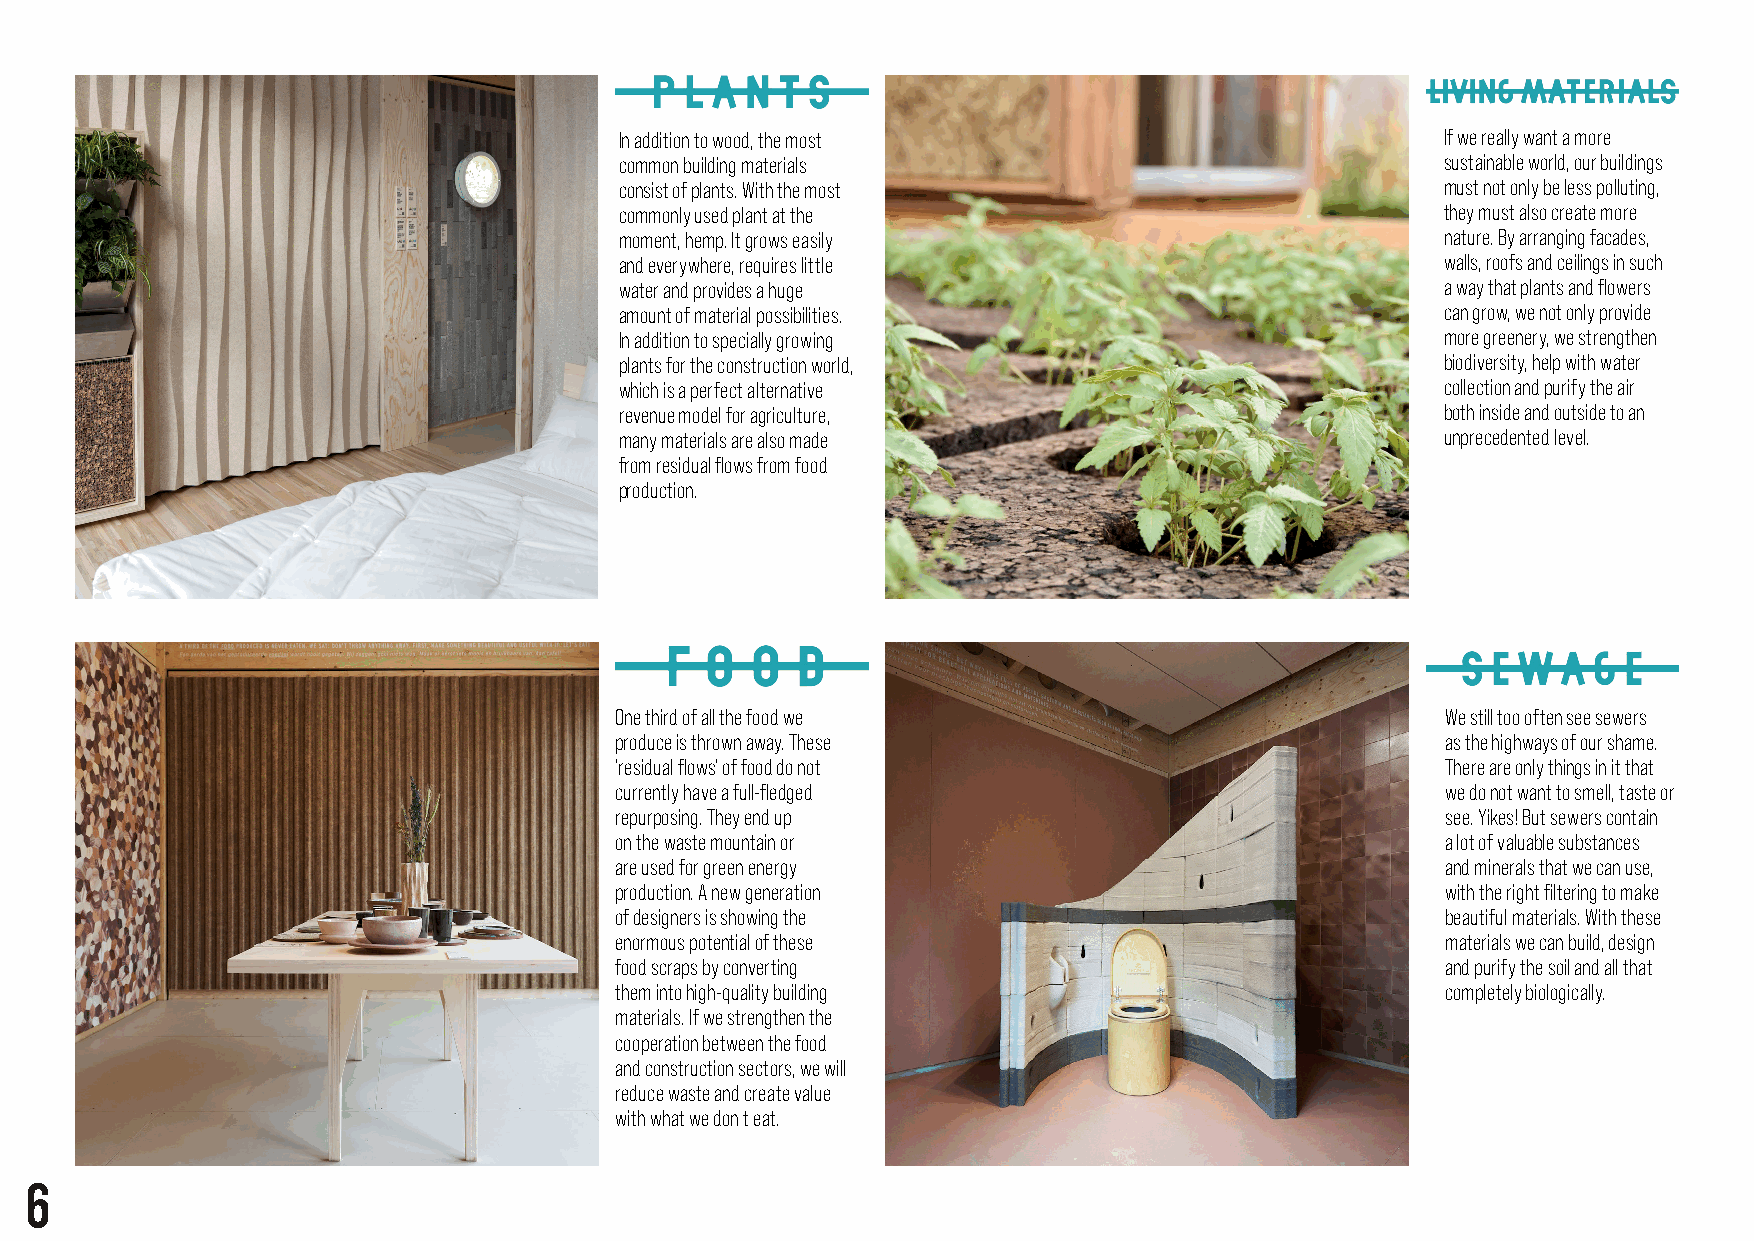
In addition to wood, the most                          If we really want a more
 common building materials                              sustainable world, our buildings
 consist of plants. With the most                       must not only be less polluting,
 commonly used plant at the                             they must also create more
 moment, hemp. It grows easily                          nature. By arranging facades,
 and everywhere, requires little                        walls, roofs and ceilings in such
 water and provides a huge                              a way that plants and flowers
 amount of material possibilities.                      can grow, we not only provide
 In addition to specially growing                       more greenery, we strengthen
 plants for the construction world,                     biodiversity, help with water
 which is a perfect alternative                         collection and purify the air
 revenue model for agriculture,                         both inside and outside to an
 many materials are also made                           unprecedented level.
 from residual flows from food
 production.
 One third of all the food we                           We still too often see sewers
 produce is thrown away. These                          as the highways of our shame.
 ‘residual flows’ of food do not                        There are only things in it that
 currently have a full-fledged                          we do not want to smell, taste or
 repurposing. They end up                               see. Yikes! But sewers contain
 on the waste mountain or                               a lot of valuable substances
 are used for green energy                              and minerals that we can use,
 production. A new generation                           with the right filtering to make
 of designers is showing the                            beautiful materials. With these
 enormous potential of these                            materials we can build, design
 food scraps by converting                              and purify the soil and all that
 them into high-quality building                        completely biologically.
 materials. If we strengthen the
 cooperation between the food
 and construction sectors, we will
 reduce waste and create value
 with what we don t eat.
 6